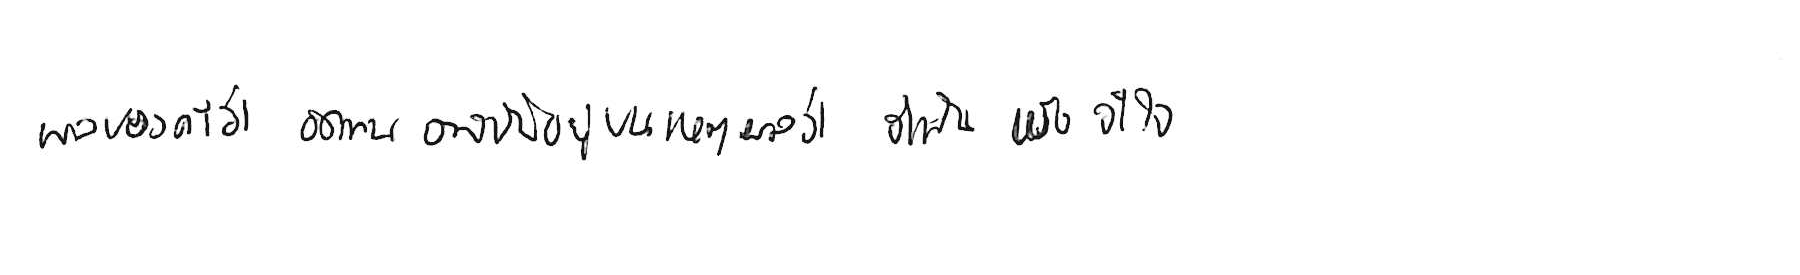
ผลของคำว่า อดทน อาจขึ้นอยู่บนเหตุผลว่า จำเป็น หรือ จำใจ